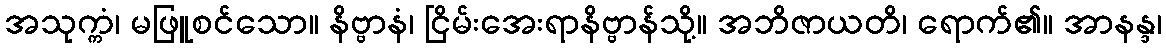
အသုက္ကံ၊ မဖြူစင်သော။ နိဗ္ဗာနံ၊ ငြိမ်းအေးရာနိဗ္ဗာန်သို့။ အဘိဇာယတိ၊ ရောက်၏။ အာနန္ဒ၊